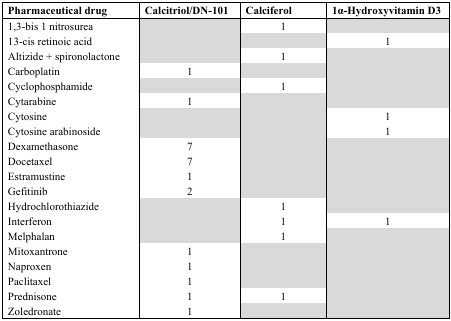
| Pharmaceutical drug | Calcitriol/DN-101 | Calciferol | 1α-Hydroxyvitamin D3 |
 | --- | --- | --- | --- |
 | 1,3-bis 1 nitrosurea |  | 1 |  |
 | 13-cis retinoic acid |  |  | 1 |
 | Altizide + spironolactone |  | 1 |  |
 | Carboplatin | 1 |  |  |
 | Cyclophosphamide |  | 1 |  |
 | Cytarabine | 1 |  |  |
 | Cytosine |  |  | 1 |
 | Cytosine arabinoside |  |  | 1 |
 | Dexamethasone | 7 |  |  |
 | Docetaxel | 7 |  |  |
 | Estramustine | 1 |  |  |
 | Gefitinib | 2 |  |  |
 | Hydrochlorothiazide |  | 1 |  |
 | Interferon |  | 1 | 1 |
 | Melphalan |  | 1 |  |
 | Mitoxantrone | 1 |  |  |
 | Naproxen | 1 |  |  |
 | Paclitaxel | 1 |  |  |
 | Prednisone | 1 | 1 |  |
 | Zoledronate | 1 |  |  |